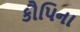
કૌપિના